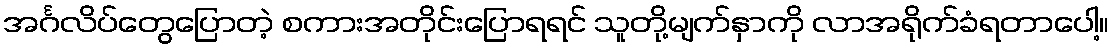
အင်္ဂလိပ်တွေပြောတဲ့ စကားအတိုင်းပြောရရင် သူတို့မျက်နှာကို လာအရိုက်ခံရတာပေါ့။